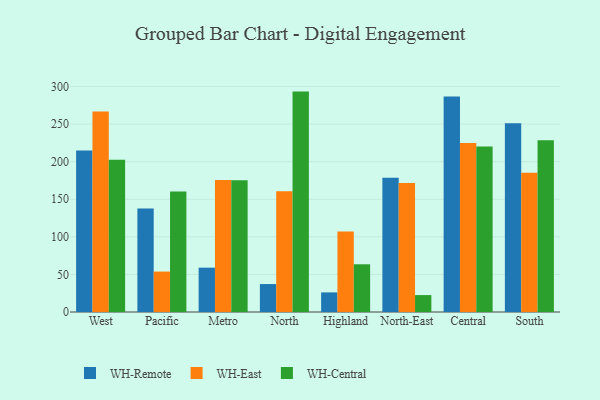
{"axis": {"x": "Region", "y": "Bounce Rate (%)"}, "legend": ["WH-Central", "WH-East", "WH-Remote"], "data": [{"x": "West", "y": 214.8, "type": "WH-Remote"}, {"x": "West", "y": 266.7, "type": "WH-East"}, {"x": "West", "y": 202.7, "type": "WH-Central"}, {"x": "Pacific", "y": 137.8, "type": "WH-Remote"}, {"x": "Pacific", "y": 53.8, "type": "WH-East"}, {"x": "Pacific", "y": 160.4, "type": "WH-Central"}, {"x": "Metro", "y": 59.0, "type": "WH-Remote"}, {"x": "Metro", "y": 175.7, "type": "WH-East"}, {"x": "Metro", "y": 175.2, "type": "WH-Central"}, {"x": "North", "y": 37.2, "type": "WH-Remote"}, {"x": "North", "y": 160.8, "type": "WH-East"}, {"x": "North", "y": 293.3, "type": "WH-Central"}, {"x": "Highland", "y": 26.1, "type": "WH-Remote"}, {"x": "Highland", "y": 107.2, "type": "WH-East"}, {"x": "Highland", "y": 63.5, "type": "WH-Central"}, {"x": "North-East", "y": 178.5, "type": "WH-Remote"}, {"x": "North-East", "y": 171.8, "type": "WH-East"}, {"x": "North-East", "y": 22.5, "type": "WH-Central"}, {"x": "Central", "y": 286.9, "type": "WH-Remote"}, {"x": "Central", "y": 225.0, "type": "WH-East"}, {"x": "Central", "y": 220.1, "type": "WH-Central"}, {"x": "South", "y": 251.1, "type": "WH-Remote"}, {"x": "South", "y": 185.2, "type": "WH-East"}, {"x": "South", "y": 228.4, "type": "WH-Central"}]}